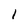
Character: 1